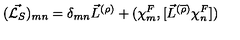
( \vec { { \cal L } _ { S } } ) _ { m n } = { \delta } _ { m n } { \vec { L } } ^ { ( \rho ) } + ( { \chi } _ { m } ^ { F } , [ { \vec { L } } ^ { ( \overline { { \rho } } ) } { \chi } _ { n } ^ { F } ] )